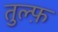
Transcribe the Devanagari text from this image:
तुल्फ़